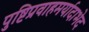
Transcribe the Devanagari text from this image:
पुष्टिप्रवाहमर्यादाभेद